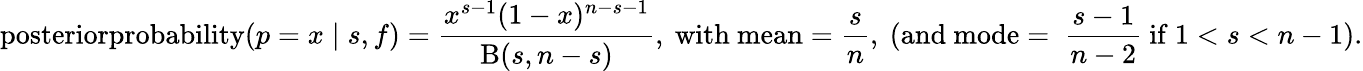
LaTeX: \operatorname{posteriorprobability}(p=x\mid s,f)={\frac{x^{s-1}(1-x)^{n-s-1}}{\mathrm{B}(s,n-s)}},{\mathrm{~with~mean}}={\frac{s}{n}},{\mathrm{~(and~mode=~}}{\frac{s-1}{n-2}}{\mathrm{~if~}}1<s<n-1).